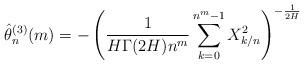
LaTeX: \begin{align*}\hat\theta_n^{(3)}(m)=-\left(\frac{1}{H\Gamma(2H)n^m}\sum_{k=0}^{n^m-1}X_{k/n}^2\right)^{-\frac1{2H}}\end{align*}